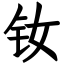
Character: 钕